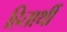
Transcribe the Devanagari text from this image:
हितार्थी